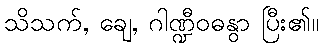
သိသက်, ချေ, ဂါဏ္ဍီဝဓနွာ ပြီး၏။